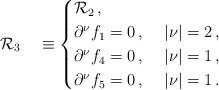
LaTeX: \begin{align*} \mathcal{R}_3\quad\equiv \begin{cases} \mathcal{R}_2\,,\\ \partial^\nu f_1=0\,,&\ |\nu|=2\,,\\ \partial^\nu f_4=0\,,&\ |\nu|=1\,,\\ \partial^\nu f_5=0\,,&\ |\nu|=1\,. \end{cases}\end{align*}